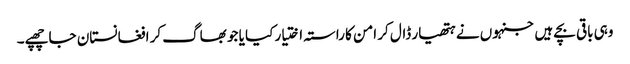
وہی باقی بچے ہیں جنہوں نے ہتھیار ڈال کر امن کا راستہ اختیار کیا یا جو بھاگ کر افغانستان جا چھپے۔